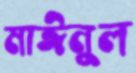
মাঈনুল